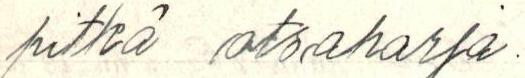
pitkä otsaharja.